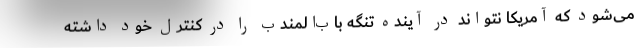
می‌شود که آمریکا نتواند در آینده تنگه باب‌المندب را در کنترل خود داشته